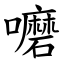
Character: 嚰